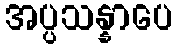
အပ္ပသန္နာပေ